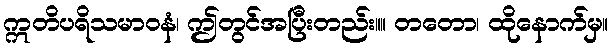
ဣတိပရိသမာဝနံ၊ ဤတွင်အပြီးတည်း။။ တတော၊ ထိုနောက်မှ။